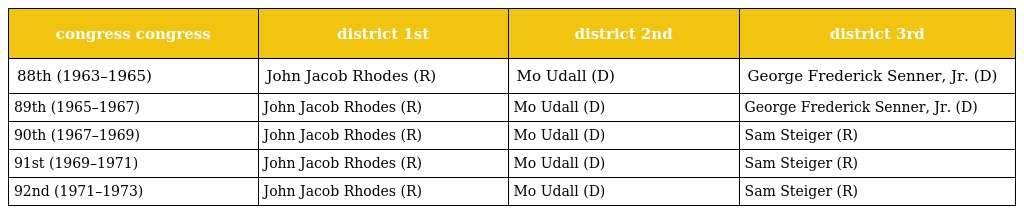
| congress congress | district 1st | district 2nd | district 3rd |
 | --- | --- | --- | --- |
 | 88th (1963–1965) | John Jacob Rhodes (R) | Mo Udall (D) | George Frederick Senner, Jr. (D) |
 | 89th (1965–1967) | John Jacob Rhodes (R) | Mo Udall (D) | George Frederick Senner, Jr. (D) |
 | 90th (1967–1969) | John Jacob Rhodes (R) | Mo Udall (D) | Sam Steiger (R) |
 | 91st (1969–1971) | John Jacob Rhodes (R) | Mo Udall (D) | Sam Steiger (R) |
 | 92nd (1971–1973) | John Jacob Rhodes (R) | Mo Udall (D) | Sam Steiger (R) |